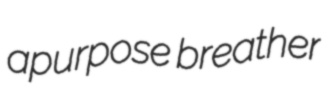
apurpose breather